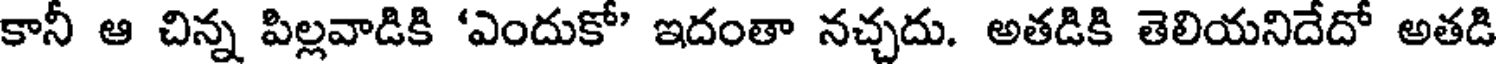
కానీ ఆ చిన్న పిల్లవాడికి 'ఎందుకో' ఇదంతా నచ్చదు. అతడికి తెలియనిదేదో అతడి